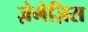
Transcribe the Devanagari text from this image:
ज़ेमेज़िस